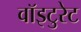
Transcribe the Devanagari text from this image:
वॉइटुरेट